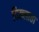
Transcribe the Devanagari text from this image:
दिख्लाता